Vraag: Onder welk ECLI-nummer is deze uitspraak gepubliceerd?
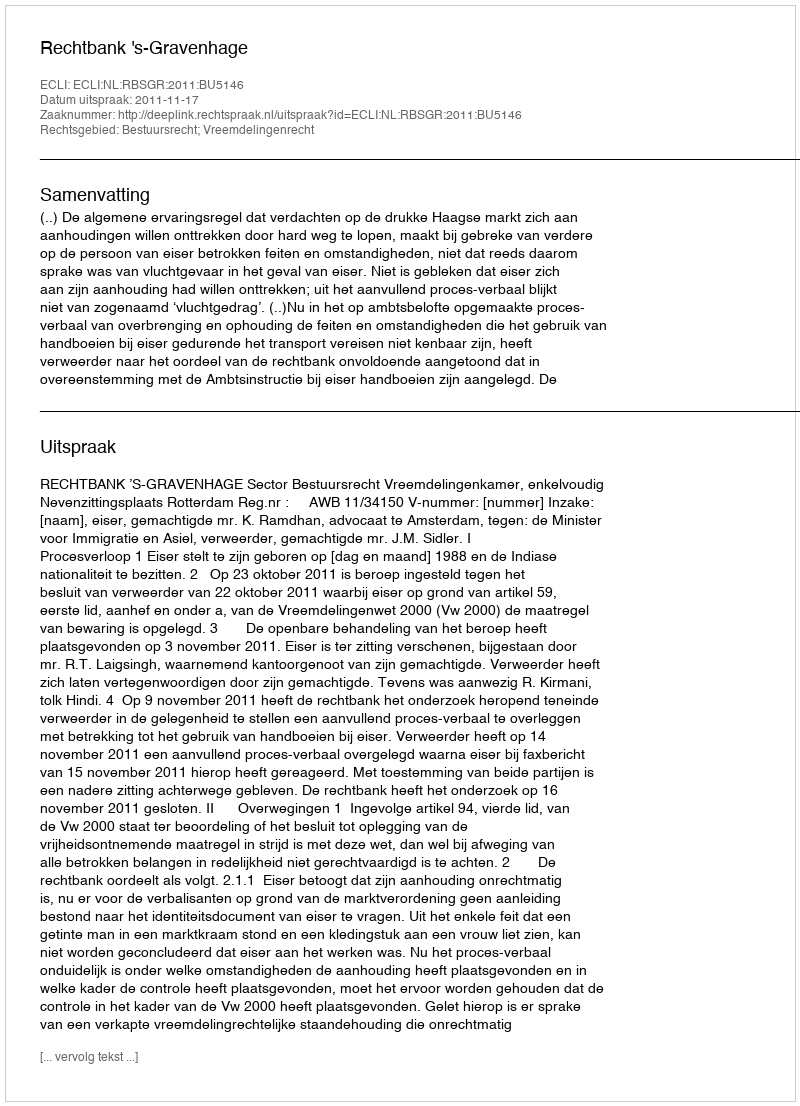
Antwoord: ECLI:NL:RBSGR:2011:BU5146